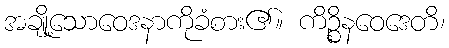
အချို့သောဝေဒနာကိုခံစား၏။ ကိဉ္စိနဝေဒေတိ၊